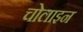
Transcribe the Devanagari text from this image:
चोलाइन